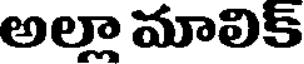
అల్లా మాలిక్